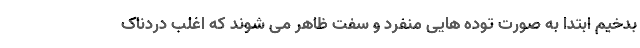
بدخیم ابتدا به صورت توده هایی منفرد و سفت ظاهر می شوند که اغلب دردناک